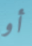
أو